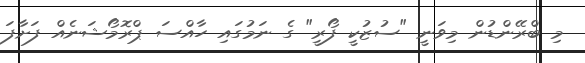
މި ބްރޭންޑުން މިވަނީ "ސުޒުކީ ފޯރީ" ގެ ނަމުގައި ހާއްސަ ޕްރޮމޯޝަނެއް ފަށާފަ